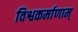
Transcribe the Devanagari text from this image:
विश्वकर्माणाम्